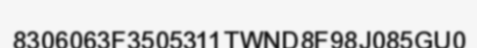
8306063F3505311TWND8F98J085GU0